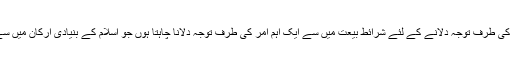
اس وقت میں انہی جائزوں کی طرف توجہ دلانے کے لئے شرائطِ بیعت میں سے ایک اہم امر کی طرف توجہ دلانا چاہتا ہوں جو اسلام کے بنیادی ارکان میں سے بھی دوسرا اہم رُکن ہے۔